Epidemic dropsy in Calcutta - Number 45
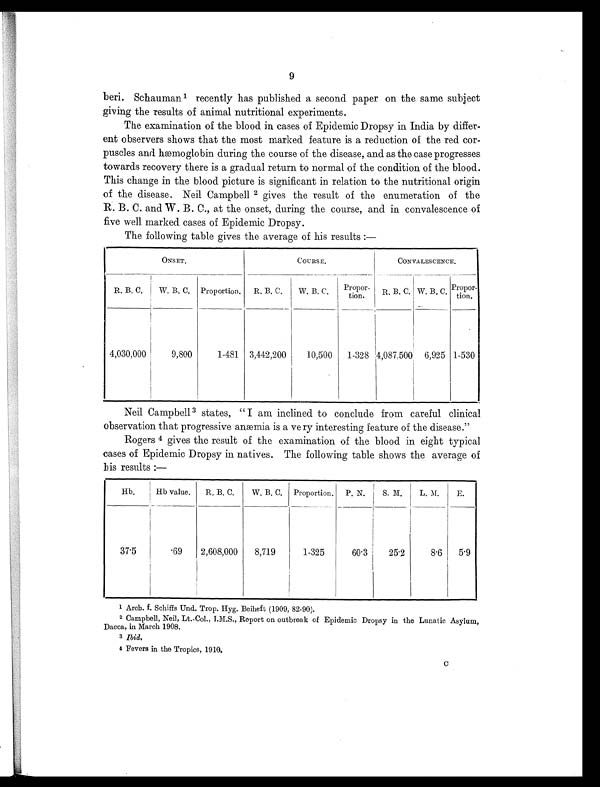
9
beri. Schauman 1 recently has published a second paper on the same subject
giving the results of animal nutritional experiments.
The examination of the blood in cases of Epidemic Dropsy in India by differ-
ent observers shows that the most marked feature is a reduction of the red cor-
puscles and hæmoglobin during the course of the disease, and as the case progresses
towards recovery there is a gradual return to normal of the condition of the blood.
This change in the blood picture is significant in relation to the nutritional origin
of the disease. Neil Campbell 2 gives the result of the enumeration of the
R. B. C. and W. B. C., at the onset, during the course, and in convalescence of
five well marked cases of Epidemic Dropsy.
The following table gives the average of his results :—
ONSET.
COURSE.
CONVALESCENCE.
R. B. C.
W. B. C. Proportion.
R. B. C.
W. B. C.
Propor-
t i o n .
R. B. C. W. B. C. Propor- t i o n .
4,030,000
9,800
1-481 3,442,200
10,500
1-328 14,087,500 6,925 1-530
Neil Campbell 3 states, "I am inclined to conclude from careful clinical
observation that progressive anæmia is a very interesting feature of the disease."
Rogers 4 gives the result of the examination of the blood in eight typical
cases of Epidemic Dropsy in natives. The following table shows the average of
his results :—
Hb.
Hb value.
R. B. C.
W. B. C. Proportion. P. N.
S. M.
L. M.
E.
37.5
.69
2,608,000
8,719
1-325
60.3
25.2
8.6
5.9
1 Arch. f. Schiffs Und. Trop. Hyg. Beiheft (1909, 82-90).
2 Campbell, Neil, Lt.-Col., I.M.S., Report on outbreak of Epidemic Dropsy in the Lunatic Asylum,
Dacca, in March 1908.
3 Ibid.
4 Fevers in the Tropics, 1910.
C